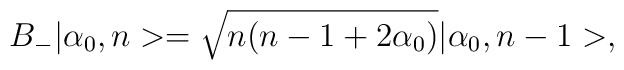
B_{-} |\alpha_{0},n>=\sqrt{n(n-1+2\alpha_{0})}|\alpha_{0},n-1>,